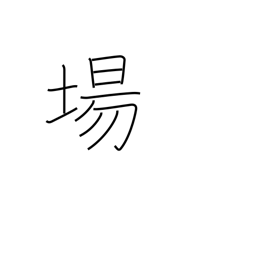
Meaning: location